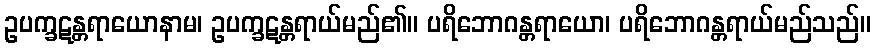
ဥပက္ခဋန္တရာယောနာမ၊ ဥပက္ခဋန္တရာယ်မည်၏။ ပရိဘောဂန္တရာယော၊ ပရိဘောဂန္တရာယ်မည်သည်။